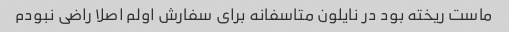
ماست ریخته بود در نایلون متاسفانه برای سفارش اولم اصلا راضی نبودم